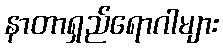
နာတာရှည်ရောဂါများ